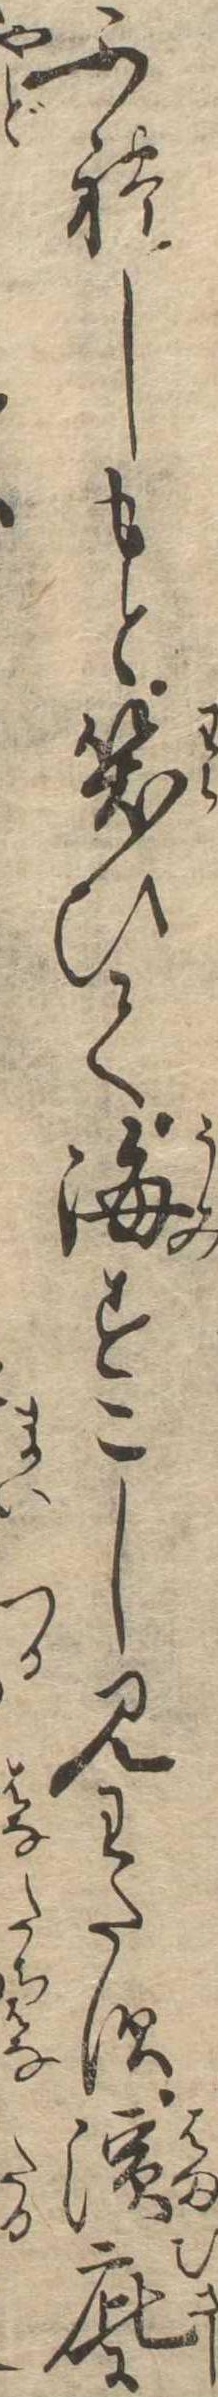
ふれしもと笑ひて海すこし見わたす浜庇に